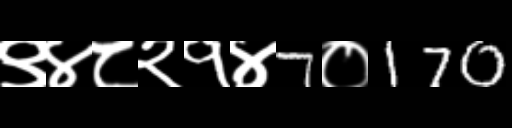
Text: ९४८२१४7०170